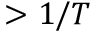
> 1 / T